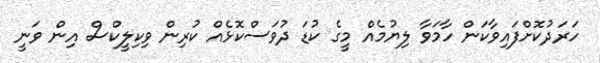
ހަރަދުކޮށްފައިވާކަން ހާމަވާ ލިޔުމެއް މީގެ ކުޑަ ދުވަސްކޮޅެއް ކުރިން ވިކިލީކްސް އިން ވަނީ